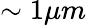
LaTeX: \sim 1\mu m